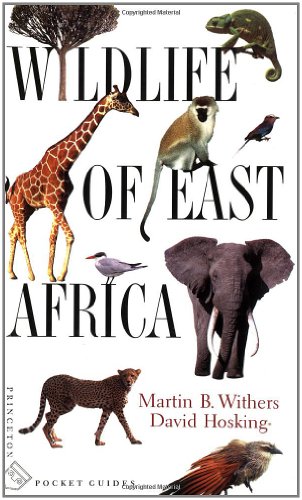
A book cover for Wildlife of East Africa (Princeton Pocket Guides); Martin B. Withers; Science & Math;